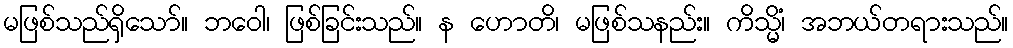
မဖြစ်သည်ရှိသော်။ ဘဝေါ၊ ဖြစ်ခြင်းသည်။ န ဟောတိ၊ မဖြစ်သနည်း။ ကိသ္မိံ၊ အဘယ်တရားသည်။